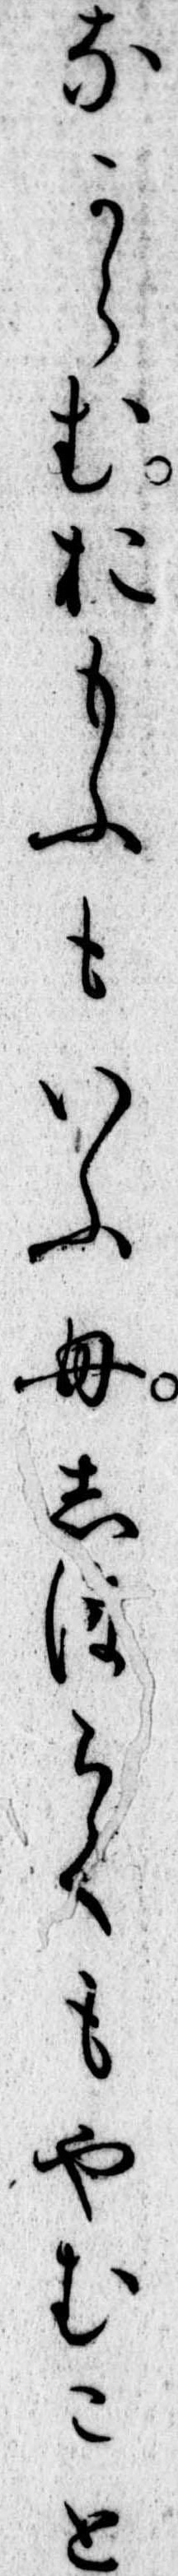
なからむおもふもいふもしはらくもやむこと